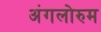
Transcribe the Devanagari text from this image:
अंगलोरुम